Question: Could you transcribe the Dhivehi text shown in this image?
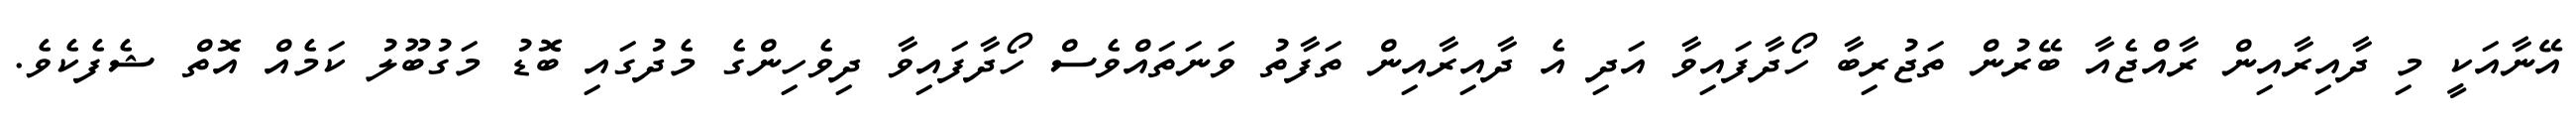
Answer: އޭނާއަކީ މި ދާއިރާއިން ރާއްޖެއާ ބޭރުން ތަޖުރިބާ ހޯދާފައިވާ އަދި އެ ދާއިރާއިން ތަފާތު ވަނަތައްވެސް ހޯދާފައިވާ ދިވެހިންގެ މެދުގައި ބޮޑު މަގުބޫލު ކަމެއް އޮތް ޝެފެކެވެ.